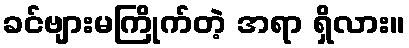
ခင်ဗျားမကြိုက်တဲ့ အရာ ရှိလား။